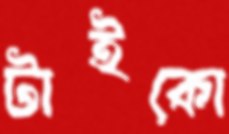
টাইকো